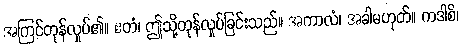
အကြင်တုန်လှုပ်၏။ ဧတံ၊ ဤသို့တုန်လှုပ်ခြင်းသည်။ အကာလံ၊ အခါမဟုတ်။ ကဒါစိ၊